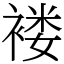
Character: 褛